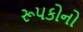
રૂપકોનો